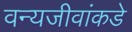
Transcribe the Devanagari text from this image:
वन्यजीवांकडे